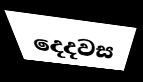
දෙදවස